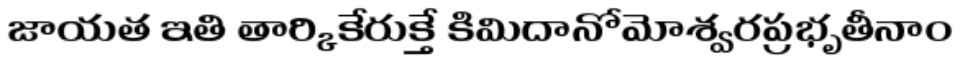
జాయత ఇతి తార్కికేరుక్తే కిమిదానోమోశ్వరప్రభృతీనాం